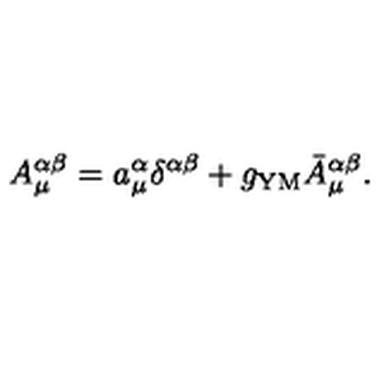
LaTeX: A _ { \mu } ^ { \alpha \beta } = a _ { \mu } ^ { \alpha } \delta ^ { \alpha \beta } + g _ { \mathrm { Y M } } \bar { A } _ { \mu } ^ { \alpha \beta } .